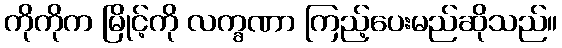
ကိုကိုက မြိုင့်ကို လက္ခဏာ ကြည့်ပေးမည်ဆိုသည်။